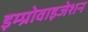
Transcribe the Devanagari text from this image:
इम्प्रोवाइजेशन